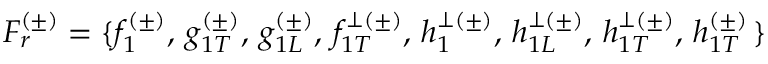
F _ { r } ^ { ( \pm ) } = \{ f _ { 1 } ^ { ( \pm ) } , \, g _ { 1 T } ^ { ( \pm ) } , \, g _ { 1 L } ^ { ( \pm ) } , \, f _ { 1 T } ^ { \perp ( \pm ) } , \, h _ { 1 } ^ { \perp ( \pm ) } , \, h _ { 1 L } ^ { \perp ( \pm ) } , \, h _ { 1 T } ^ { \perp ( \pm ) } , \, h _ { 1 T } ^ { ( \pm ) } \, \}